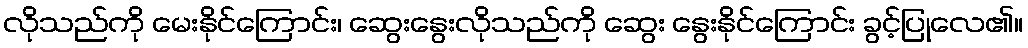
လိုသည်ကို မေးနိုင်ကြောင်း၊ ဆွေးနွေးလိုသည်ကို ဆွေး နွေးနိုင်ကြောင်း ခွင့်ပြုလေ၏။